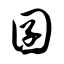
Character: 囝